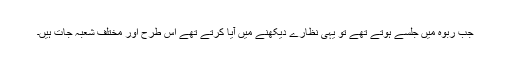
جب ربوہ میں جلسے ہوتے تھے تو یہی نظارے دیکھنے میں آیا کرتے تھے اس طرح اور مختلف شعبہ جات ہیں۔